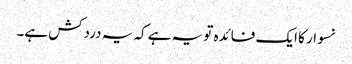
نسوار کا ایک فائدہ تو یہ ہے کہ یہ دردکش ہے۔